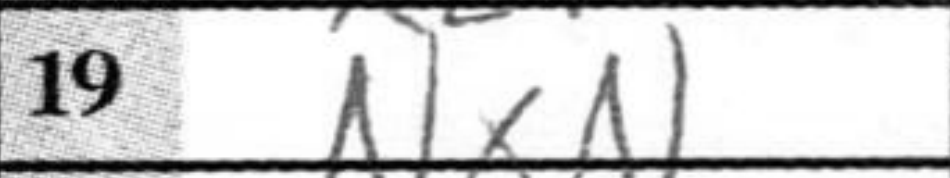
Transcription: NxN